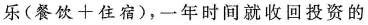
乐($$餐 饮 + 住 宿$$)，一年时间就收回投资的